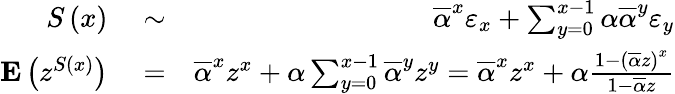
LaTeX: \begin{array}{rlr}{S\left(x\right)}&{{}\sim}&{\overline{{\alpha}}^{x}\varepsilon_{x}+\sum_{y=0}^{x-1}\alpha\overline{{\alpha}}^{y}\varepsilon_{y}}\\ {{\mathbf E}\left(z^{S\left(x\right)}\right)}&{{}=}&{\overline{{\alpha}}^{x}z^{x}+\alpha\sum_{y=0}^{x-1}\overline{{\alpha}}^{y}z^{y}=\overline{{\alpha}}^{x}z^{x}+\alpha\frac{1-\left(\overline{{\alpha}}z\right)^{x}}{1-\overline{{\alpha}}z}}\end{array}